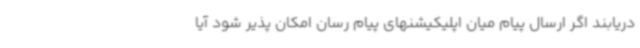
دریابند اگر ارسال پیام میان اپلیکیشنهای پیام رسان امکان پذیر شود آیا